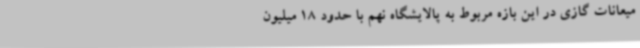
میعانات گازی در این بازه مربوط به پالایشگاه نهم با حدود 18 میلیون